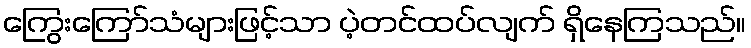
ကြွေးကြော်သံများဖြင့်သာ ပဲ့တင်ထပ်လျက် ရှိနေကြသည်။